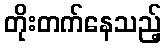
တိုးတက်နေသည့်